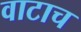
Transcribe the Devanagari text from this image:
वाटाच